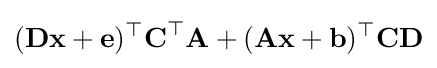
({\textbf {D}}{\textbf {x}}+{\textbf {e}})^{\top }{\textbf {C}}^{\top }{\textbf {A}}+({\textbf {A}}{\textbf {x}}+{\textbf {b}})^{\top }{\textbf {C}}{\textbf {D}}